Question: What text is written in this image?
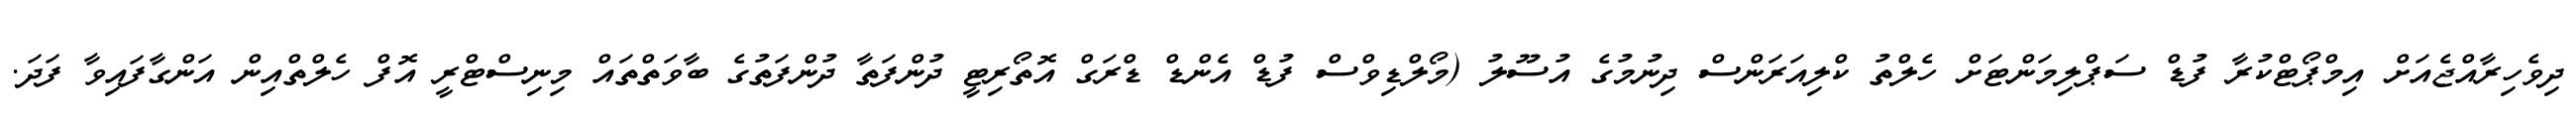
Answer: ދިވެހިރާއްޖެއަށް އިމްޕޯޓްކުރާ ފުޑް ސަޕްލިމަންޓަށް ހެލްތު ކްލިއަރަންސް ދިނުމުގެ އުސޫލު (މޯލްޑިވްސް ފުޑް އެންޑް ޑްރަގް އޮތޯރިޓީ ދުންފަތާ ދުންފަތުގެ ބާވަތްތައް މިނިސްޓްރީ އޮފް ހެލްތްއިން އަންގާފައިވާ ފަދަ.